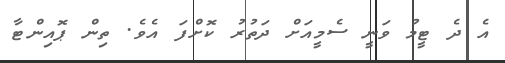
އެ ދެ ޓީމު ވަނީ ސެމީއަށް ދަތުރު ކޮށްފަ އެވެ. ތިން ޕޮއިންޓާ